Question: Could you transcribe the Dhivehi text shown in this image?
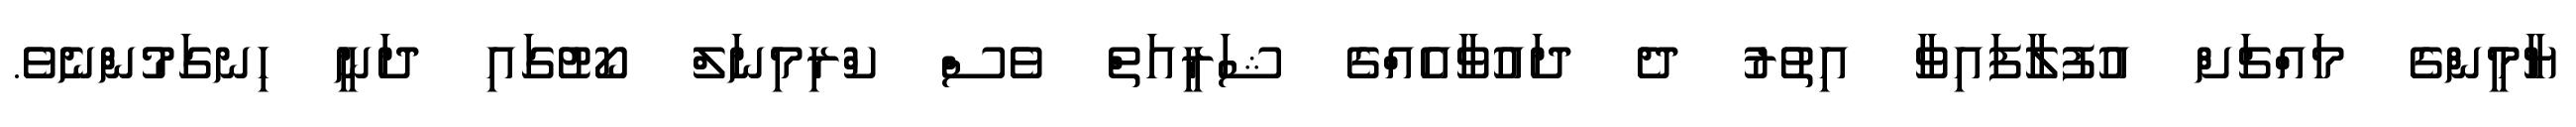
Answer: ޔާމީންގެ މައްޗަށް އުފުލާފައިވާ އިތުރު ދެ ދައުވާއެއްގެ ޝަރީއަތް ވެސް ކްރިމިނަލް ކޯޓުގައި ދަނީ ހިނގަމުންނެވެ.